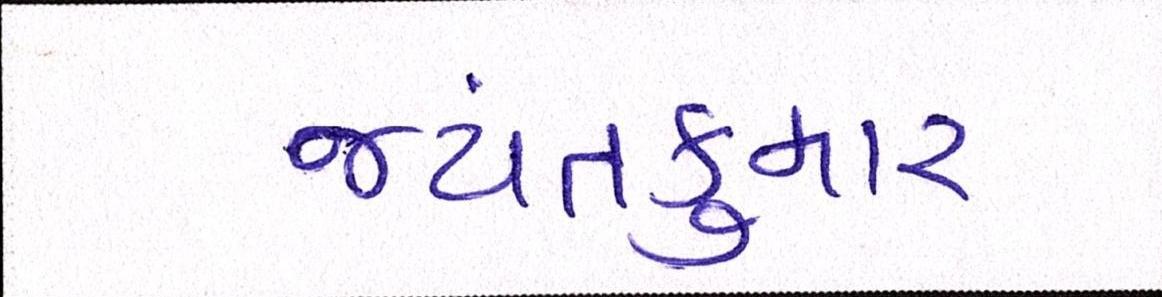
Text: જયંતકુમાર